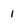
Character: i